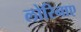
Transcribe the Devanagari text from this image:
लोरिनाए